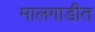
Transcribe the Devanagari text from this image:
मालगाडीत